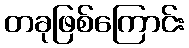
တခုဖြစ်ကြောင်း